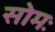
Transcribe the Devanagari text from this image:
सोमः